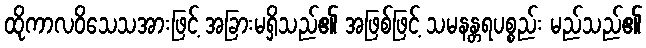
ထိုကာလဝိသေသအားဖြင့် အခြားမရှိသည်၏ အဖြစ်ဖြင့် သမနန္တရပစ္စည်း မည်သည်၏